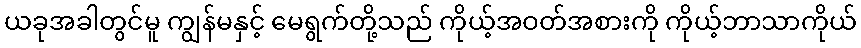
ယခုအခါတွင်မူ ကျွန်မနှင့် မေရွက်တို့သည် ကိုယ့်အဝတ်အစားကို ကိုယ့်ဘာသာကိုယ်